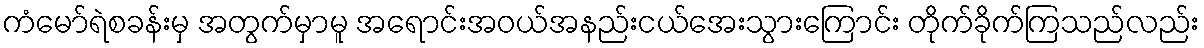
ကံမော်ရဲစခန်းမှ အတွက်မှာမူ အရောင်းအဝယ်အနည်းငယ်အေးသွားကြောင်း တိုက်ခိုက်ကြသည်လည်း